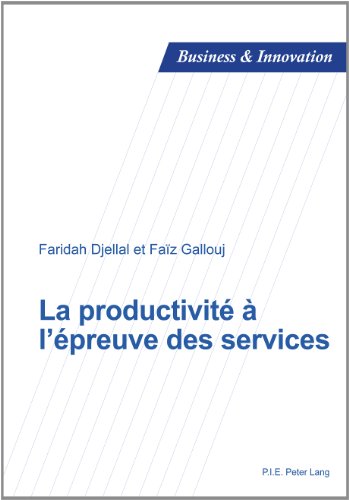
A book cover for La productivitÃ© Ã  l'Ã©preuve des services (Business and Innovation) (French Edition); Faridah Djellal; Business & Money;